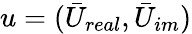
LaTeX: u=(\bar{U}_{real},\bar{U}_{im})